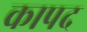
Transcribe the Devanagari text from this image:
कापद